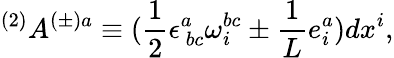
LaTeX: ^{(2)}A^{(\pm)a}\equiv(\frac{1}{2}\epsilon_{\mathrm{~}bc}^{a}\omega_{i}^{bc}\pm\frac{1}{L}e_{i}^{a})dx^{i},